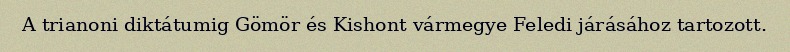
A trianoni diktátumig Gömör és Kishont vármegye Feledi járásához tartozott.